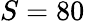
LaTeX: S=80